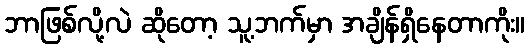
ဘာဖြစ်လို့လဲ ဆိုတော့ သူ့ဘက်မှာ အချိန်ရှိနေတာကိုး။